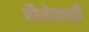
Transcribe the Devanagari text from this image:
हौसेसाठी